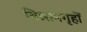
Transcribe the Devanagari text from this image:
विश्रामगृहों